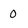
Character: 0